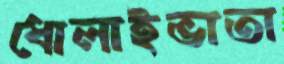
ধোলাইভাতা